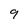
Character: 9